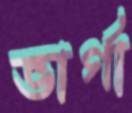
ভার্গা